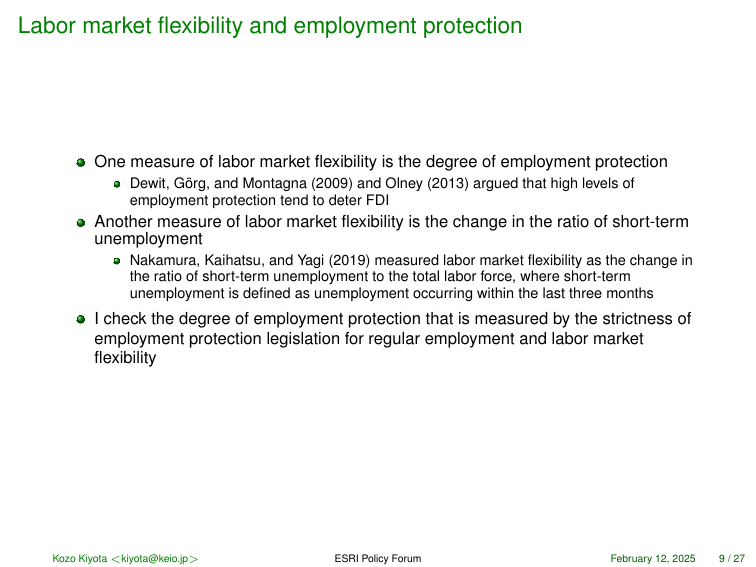
Labor market flexibility and employment protection

• One measure of labor market flexibility is the degree of employment protection
   • Dewit, Görg, and Montagna (2009) and Olney (2013) argued that high levels of employment protection tend to deter FDI

• Another measure of labor market flexibility is the change in the ratio of short-term unemployment
   • Nakamura, Kaihatsu, and Yagi (2019) measured labor market flexibility as the change in the ratio of short-term unemployment to the total labor force, where short-term unemployment is defined as unemployment occurring within the last three months

• I check the degree of employment protection that is measured by the strictness of employment protection legislation for regular employment and labor market flexibility

Kozo Kiyota <kiyota@keio.jp> ESRI Policy Forum February 12, 2025 9 / 27